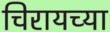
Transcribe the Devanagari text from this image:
चिरायच्या